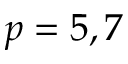
p = 5 , 7